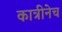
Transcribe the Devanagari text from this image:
कात्रीनेच